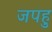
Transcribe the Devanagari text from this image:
जपहु